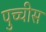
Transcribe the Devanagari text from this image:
पुच्चीस